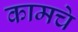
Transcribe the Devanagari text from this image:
कामचे